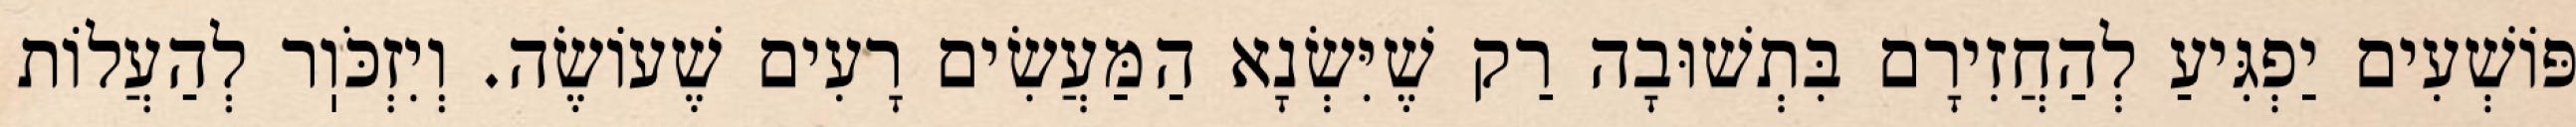
פּוֹשְׁעִים יַפְגִּיעַ לְהַחֲזִירָם בִּתְשׁוּבָה רַק שֶׁיִּשְׂנָא הַמַּעֲשִׂים רָעִים שֶׁעוֹשֶׂה. וְיִזְכֹּוֽר לְהַעֲלוֹת